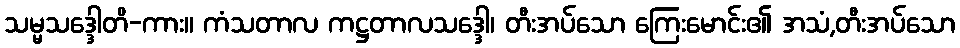
သမ္မသဒ္ဒေါတိ-ကား။ ကံသတာလ ကဋ္ဌတာလသဒ္ဒေါ၊ တီးအပ်သော ကြေးမောင်း၏ အသံ,တီးအပ်သော